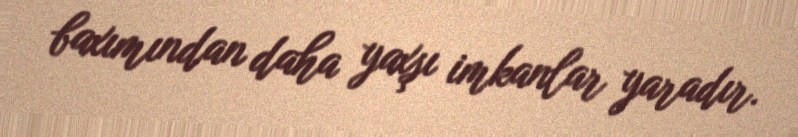
baxımından daha yaxşı imkanlar yaradır.